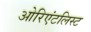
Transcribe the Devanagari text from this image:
ओरिएंटलिस्ट